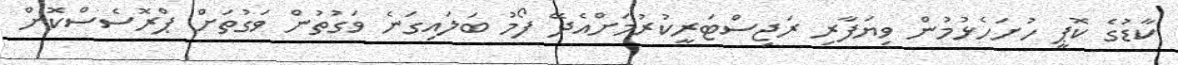
ކާޑުގެ ކޮޕީ ހުށަހެޅުމުން ވިޔަފާރި ރަޖިސްޓަރީކުރުމަށްއެދޭ ފޯމު ބަލައިގަނެ ވަގުތުން ވަގުތަށް ޕްރޮސެސްކޮށް